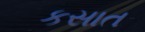
કસાત